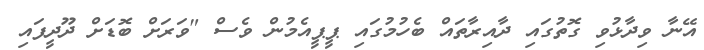
އޭނާ ވިދާޅުވި ގޮތުގައި ދާއިރާތައް ބެހުމުގައި ޕީޕީއެމުން ވެސް "ވަރަށް ބޮޑަށް ދޫދީފައި